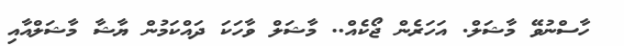
ހާސްނުވޭ މާޝަލް. އަހަރެން ޖޯކެއް.. މާޝަލް ވާހަކަ ދައްކަމުން ޔާޝާ މާޝަލްއާއި